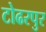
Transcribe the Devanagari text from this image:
टोढरपुर